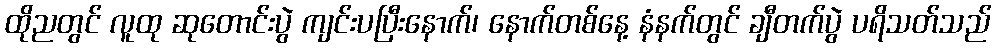
ထိုညတွင် လူထု ဆုတောင်းပွဲ ကျင်းပပြီးနောက်၊ နောက်တစ်နေ့ နံနက်တွင် ချီတက်ပွဲ ပရိသတ်သည်